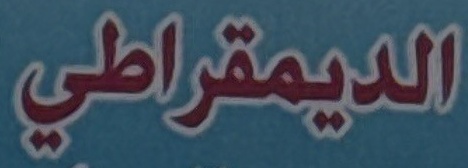
الديمقراطي